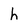
Character: h